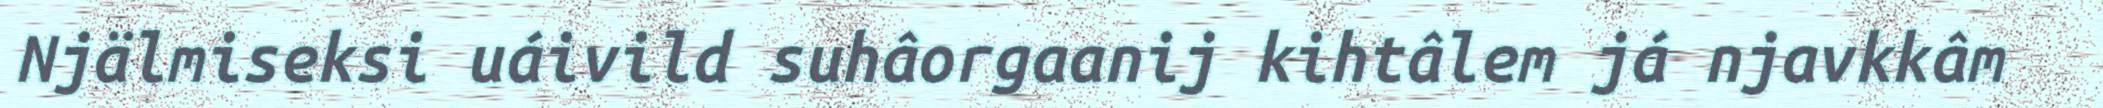
Njälmiseksi uáivild suhâorgaanij kihtâlem já njavkkâm